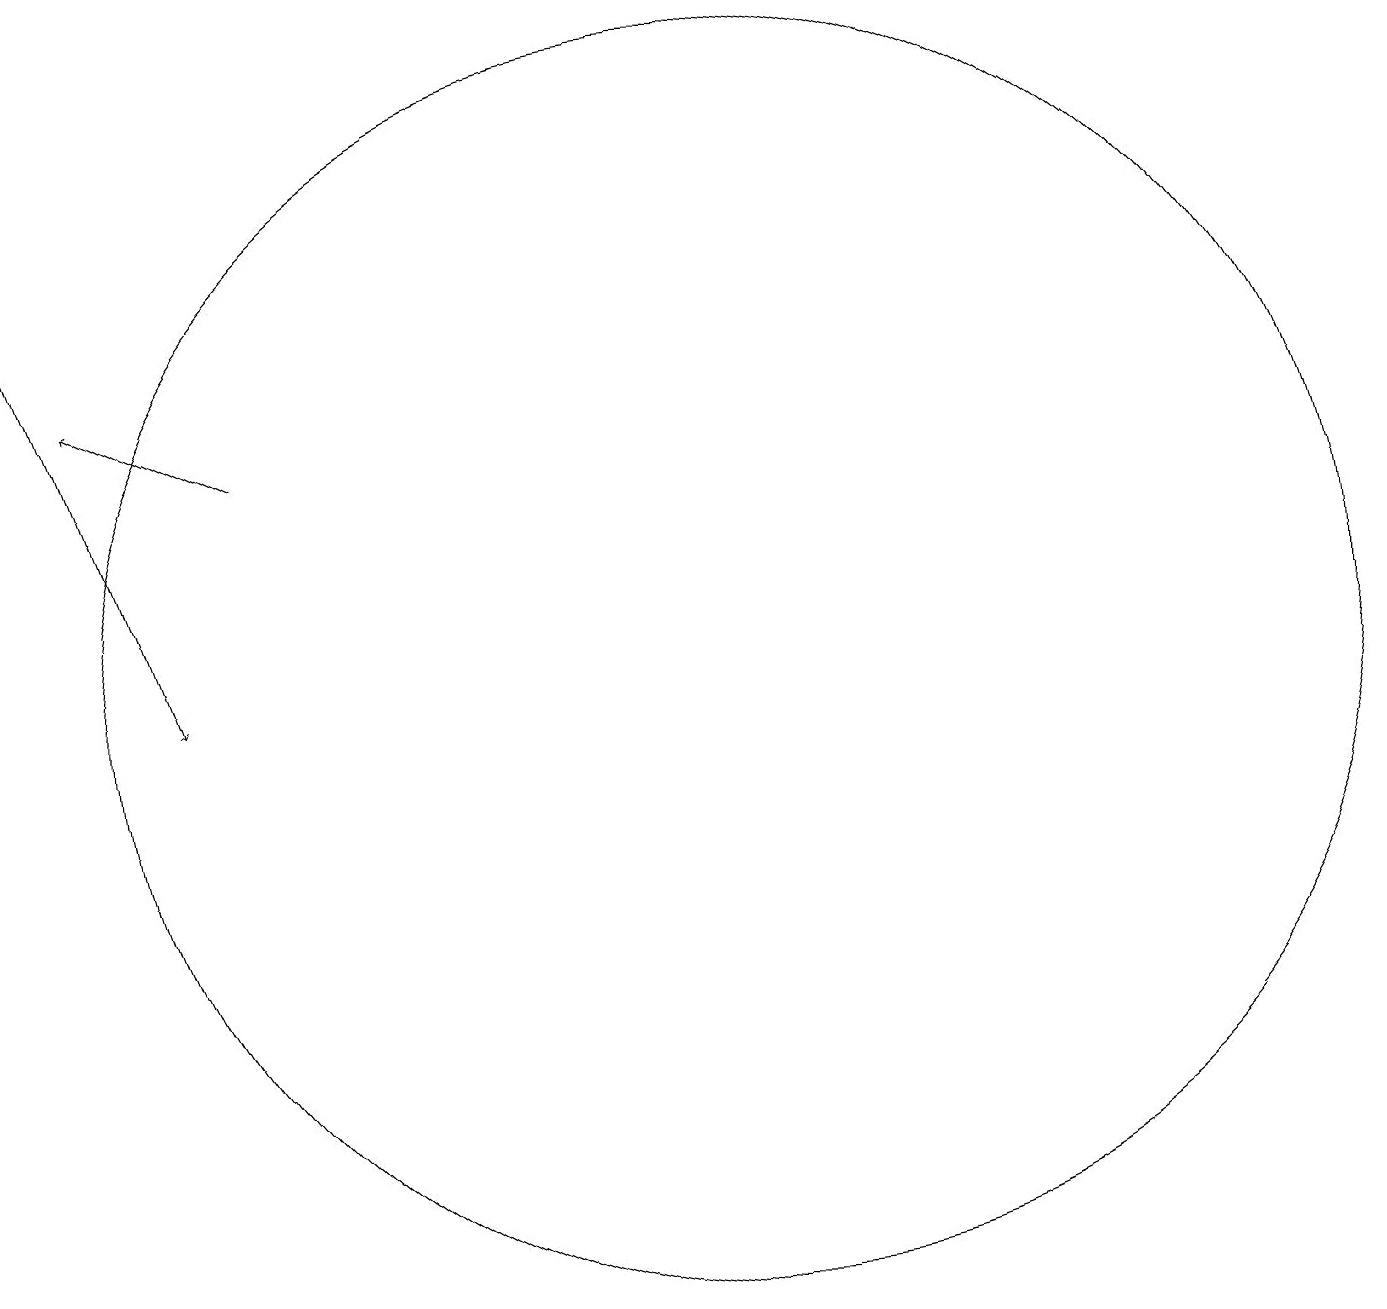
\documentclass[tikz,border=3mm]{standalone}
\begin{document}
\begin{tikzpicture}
\draw (12,12) circle (8);
\draw[->] (6,15) -- (4,16);
\draw[->] (3,18) -- (5,12);
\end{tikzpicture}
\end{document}